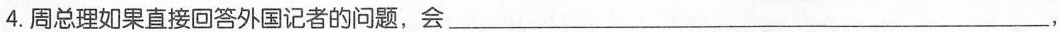
4.周总理如果直接回答外国记者的问题，会___